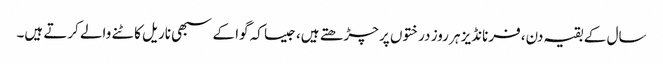
سال کے بقیہ دن، فرنانڈیز ہر روز درختوں پر چڑھتے ہیں، جیسا کہ گوا کے سبھی ناریل کاٹنے والے کرتے ہیں۔